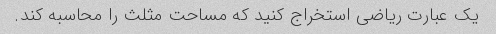
یک عبارت ریاضی استخراج کنید که مساحت مثلث را محاسبه کند.